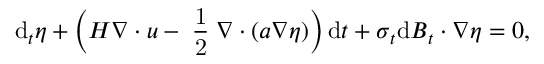
\mathrm { d } _ { t } \eta + \Big ( H \boldsymbol { \nabla } \boldsymbol { \cdot } \boldsymbol { u } - \mathrm { \scriptsize ~ \frac { 1 } { 2 } ~ } \boldsymbol { \nabla } \boldsymbol { \cdot } ( \boldsymbol { a } \boldsymbol { \nabla } \eta ) \Big ) \, \mathrm { d } t + \boldsymbol { \sigma } _ { t } \mathrm { d } \boldsymbol { B } _ { t } \boldsymbol { \cdot } \boldsymbol { \nabla } \eta = 0 ,